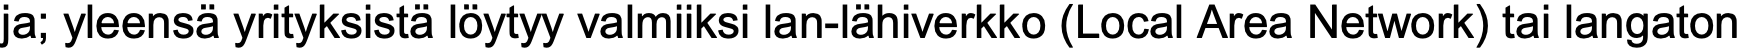
ja; yleensä yrityksistä löytyy valmiiksi lan-lähiverkko (Local Area Network) tai langaton